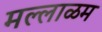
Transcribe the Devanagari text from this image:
मल्लाळम